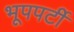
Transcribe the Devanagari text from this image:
भूपपर्टी